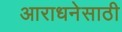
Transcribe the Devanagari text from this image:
आराधनेसाठी